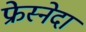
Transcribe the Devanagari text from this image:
फ्रेस्नेदा